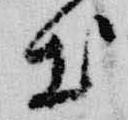
出